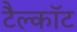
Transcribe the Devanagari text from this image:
टैल्कॉट